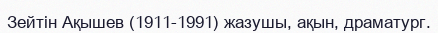
Зейтін Ақышев (1911-1991) жазушы, ақын, драматург.